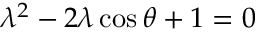
\lambda ^ { 2 } - 2 \lambda \cos \theta + 1 = 0